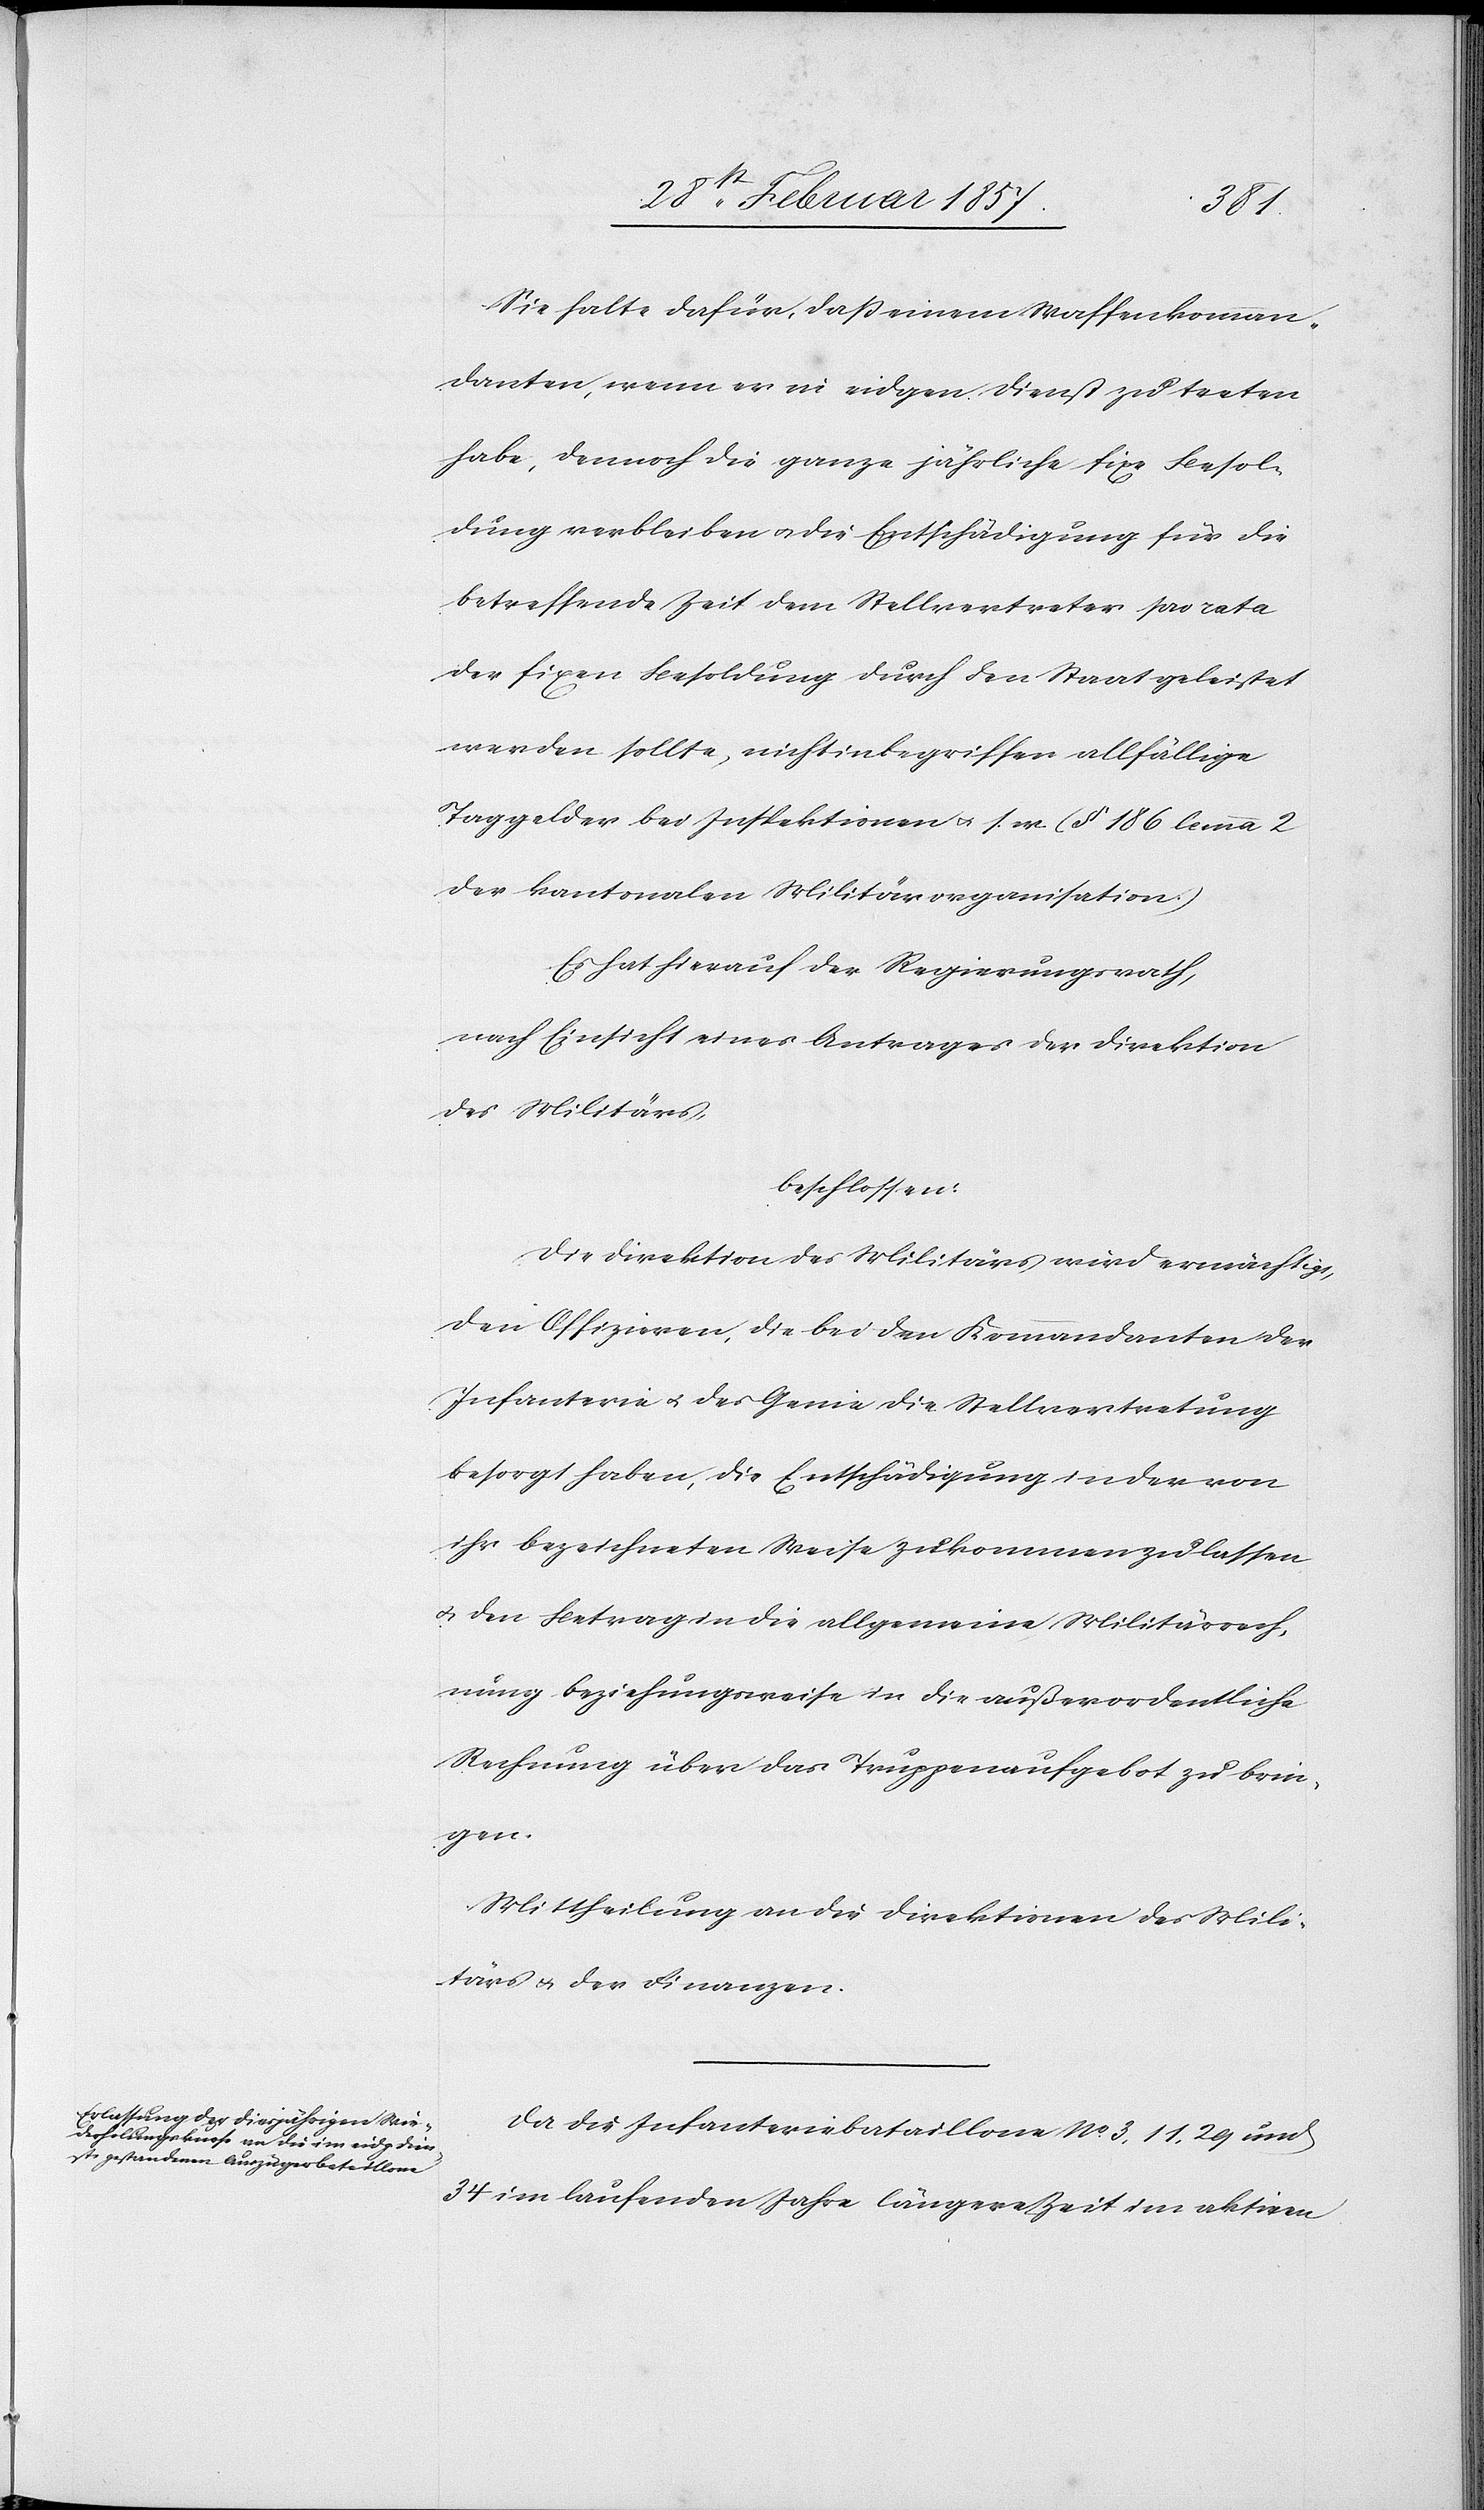
Sie halte dafür, daß einem Waffenkomman¬
danten, wenn er in eidgen. Dienst zu treten
habe, dennoch die ganze jährliche fixe Besol¬
dung verbleiben u. die Entschädigung für die
betreffende Zeit dem Stellvertreter pro rata
der fixen Besoldung durch den Staat geleistet
werden sollte, nicht inbegriffen allfällige
Taggelder bei Inspektionen u. s. w. (§ 186 lemma 2
der kantonalen Militärorganisation.)
Es hat hierauf der Regierungsrath,
nach Einsicht eines Antrages der Direktion
des Militärs,
beschlossen:
Die Direktion des Militärs wird ermächtigt,
den Offizieren, die bei den Kommandanten der
Infanterie u. des Genie die Stellvertretung
besorgt haben, die Entschädigung in der von
ihr bezeichneten Weise zukommen zu lassen
u. den Betrag in die allgemeine Militärrech¬
nung beziehungsweise in die außerordentliche
Rechnung über das Truppenaufgebot zu brin¬
gen.
Mittheilung an die Direktion des Mili¬
tärs u. der Finanzen.
Da die Infanteriebataillone No 3, 11, 29 und
34 im laufenden Jahre längere Zeit im aktiven